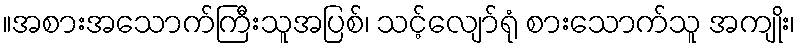
။အစားအသောက်ကြီးသူအပြစ်၊ သင့်လျော်ရုံ စားသောက်သူ အကျိုး၊